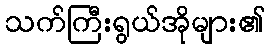
သက်ကြီးရွယ်အိုများ၏